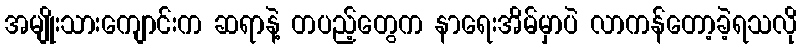
အမျိုးသားကျောင်းက ဆရာနဲ့ တပည့်တွေက နာရေးအိမ်မှာပဲ လာကန်တော့ခဲ့ရသလို